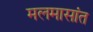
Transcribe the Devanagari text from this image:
मलमासांत